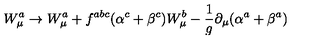
W _ { \mu } ^ { a } \to W _ { \mu } ^ { a } + f ^ { a b c } ( \alpha ^ { c } + \beta ^ { c } ) W _ { \mu } ^ { b } - \frac { 1 } { g } \partial _ { \mu } ( \alpha ^ { a } + \beta ^ { a } )